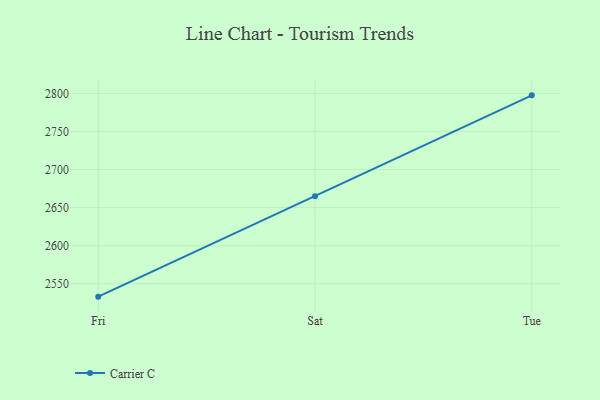
{"axis": {"x": "Day", "y": "Humidity (%)"}, "legend": ["Carrier C"], "data": [{"x": "Fri", "y": 2533.1, "type": "Carrier C"}, {"x": "Sat", "y": 2665.1, "type": "Carrier C"}, {"x": "Tue", "y": 2797.5, "type": "Carrier C"}]}